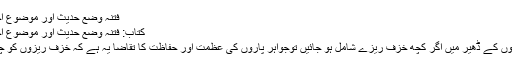
فتنہ وضع حدیث اور موضوع احادیث کی پہچان - صفحہ 9
کتاب: فتنہ وضع حدیث اور موضوع احادیث کی پہچان - صفحہ 9
مقدمہ موتیوں اور جواہر پاروں کے ڈھیر میں اگر کچھ خزف ریزے شامل ہو جائیں توجواہر پاروں کی عظمت اور حفاظت کا تقاضا یہ ہے کہ خزف ریزوں کو چھانٹ کر الگ کر دیا جائے۔